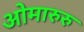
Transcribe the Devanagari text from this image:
ओमारुरु